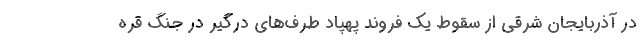
در آذربایجان شرقی از سقوط یک فروند پهپاد طرف‌های درگیر در جنگ قره